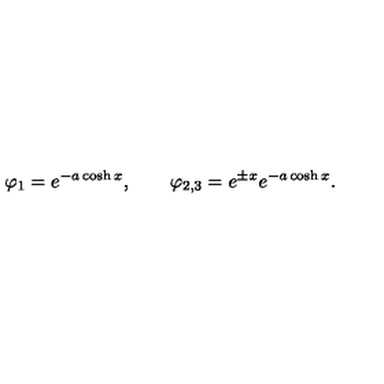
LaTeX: \varphi _ { 1 } = e ^ { - a \cosh x } , \qquad \varphi _ { 2 , 3 } = e ^ { \pm x } e ^ { - a \cosh x } .